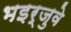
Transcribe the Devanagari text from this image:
भइर्जुवे